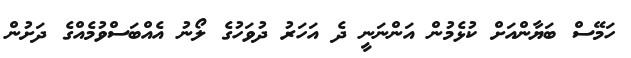
ހަމޭސް ބަޔާންއަށް ކުޅެމުން އަންނަނީ ދެ އަހަރު ދުވަހުގެ ލޯނު އެއްބަސްވުމެއްގެ ދަށުން